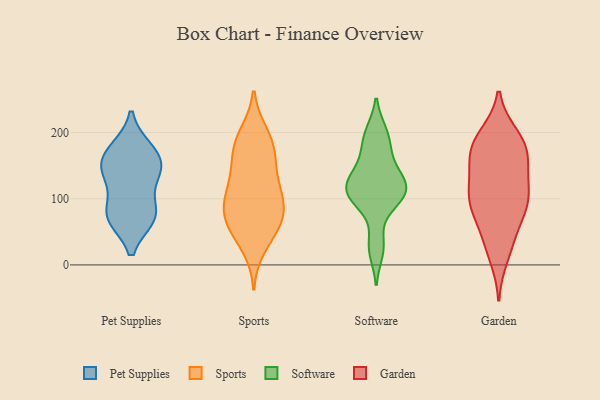
{"axis": {"x": "Demand Index", "y": "Value"}, "legend": ["Garden", "Pet Supplies", "Software", "Sports"], "data": [{"x": "", "y": 81, "type": "Pet Supplies"}, {"x": "", "y": 72, "type": "Pet Supplies"}, {"x": "", "y": 172, "type": "Pet Supplies"}, {"x": "", "y": 132, "type": "Pet Supplies"}, {"x": "", "y": 149, "type": "Pet Supplies"}, {"x": "", "y": 136, "type": "Pet Supplies"}, {"x": "", "y": 72, "type": "Pet Supplies"}, {"x": "", "y": 74, "type": "Pet Supplies"}, {"x": "", "y": 175, "type": "Pet Supplies"}, {"x": "", "y": 155, "type": "Pet Supplies"}, {"x": "", "y": 56, "type": "Sports"}, {"x": "", "y": 183, "type": "Sports"}, {"x": "", "y": 76, "type": "Sports"}, {"x": "", "y": 132, "type": "Sports"}, {"x": "", "y": 65, "type": "Sports"}, {"x": "", "y": 165, "type": "Sports"}, {"x": "", "y": 166, "type": "Sports"}, {"x": "", "y": 135, "type": "Sports"}, {"x": "", "y": 87, "type": "Sports"}, {"x": "", "y": 198, "type": "Sports"}, {"x": "", "y": 107, "type": "Sports"}, {"x": "", "y": 50, "type": "Sports"}, {"x": "", "y": 103, "type": "Sports"}, {"x": "", "y": 73, "type": "Sports"}, {"x": "", "y": 27, "type": "Sports"}, {"x": "", "y": 102, "type": "Sports"}, {"x": "", "y": 191, "type": "Sports"}, {"x": "", "y": 109, "type": "Software"}, {"x": "", "y": 99, "type": "Software"}, {"x": "", "y": 126, "type": "Software"}, {"x": "", "y": 133, "type": "Software"}, {"x": "", "y": 198, "type": "Software"}, {"x": "", "y": 162, "type": "Software"}, {"x": "", "y": 99, "type": "Software"}, {"x": "", "y": 112, "type": "Software"}, {"x": "", "y": 200, "type": "Software"}, {"x": "", "y": 177, "type": "Software"}, {"x": "", "y": 134, "type": "Software"}, {"x": "", "y": 121, "type": "Software"}, {"x": "", "y": 99, "type": "Software"}, {"x": "", "y": 21, "type": "Software"}, {"x": "", "y": 33, "type": "Software"}, {"x": "", "y": 192, "type": "Garden"}, {"x": "", "y": 173, "type": "Garden"}, {"x": "", "y": 82, "type": "Garden"}, {"x": "", "y": 39, "type": "Garden"}, {"x": "", "y": 96, "type": "Garden"}, {"x": "", "y": 181, "type": "Garden"}, {"x": "", "y": 13, "type": "Garden"}, {"x": "", "y": 37, "type": "Garden"}, {"x": "", "y": 142, "type": "Garden"}, {"x": "", "y": 96, "type": "Garden"}, {"x": "", "y": 117, "type": "Garden"}, {"x": "", "y": 177, "type": "Garden"}, {"x": "", "y": 108, "type": "Garden"}, {"x": "", "y": 164, "type": "Garden"}, {"x": "", "y": 81, "type": "Garden"}, {"x": "", "y": 195, "type": "Garden"}, {"x": "", "y": 150, "type": "Garden"}, {"x": "", "y": 100, "type": "Garden"}]}